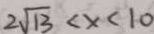
2 \sqrt { 1 3 } < x < 1 0